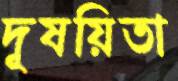
দূষয়িতা